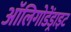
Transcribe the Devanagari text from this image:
ऑलिगोडेंड्राइट